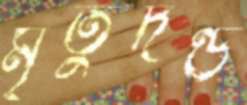
মৃতুদণ্ড